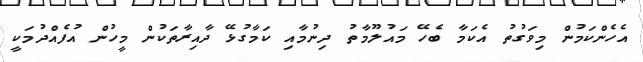
އެހެންކަމުން މިވަގުތު އެކަމާ ބެހޭ މައުލޫމާތު ދިނުމާއި ކަމާގުޅޭ ދާއިރާތަކުން މީހުން އުފެއްދުމަކީ